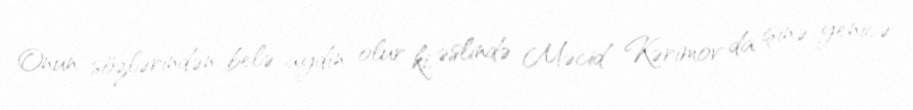
Onun sözlərindən belə aydın olur ki, əslində Məcid Kərimov da işinə yenicə